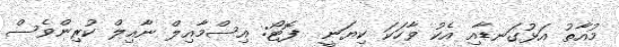
މުއާތު އަޅުގަނޑާއި އެކު ވާހަކަ ކިޔަނީ  ފޮޓޯ: އިސްމާއިލް ނާއިލް ކުރިންވެސް